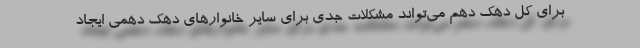
برای کل دهک دهم می‌تواند مشکلات جدی برای سایر خانوارهای دهک دهمی ایجاد